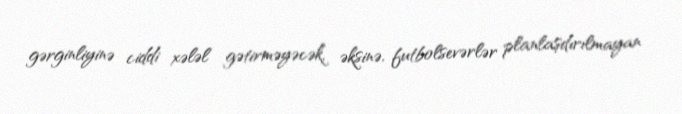
gərginliyinə ciddi xələl gətirməyəcək, əksinə, futbolsevərlər planlaşdırılmayan